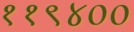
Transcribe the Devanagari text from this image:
११९४००